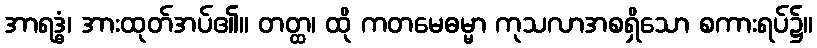
အာရဒ္ဓံ၊ အားထုတ်အပ်၏။ တတ္ထ၊ ထို ကတမေဓမ္မာ ကုသလာအစရှိသော စကားရပ်၌။